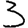
Digit: 3